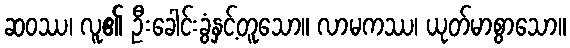
ဆဝဿ၊ လူ၏ ဦးခေါင်းခွံနှင့်တူသော။ လာမကဿ၊ ယုတ်မာစွာသော။